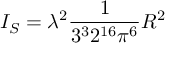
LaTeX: I _ { S } = \lambda ^ { 2 } \frac { 1 } { 3 ^ { 3 } 2 ^ { 1 6 } \pi ^ { 6 } } R ^ { 2 }